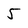
Character: 5